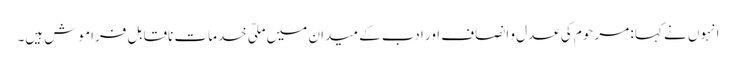
انہوں نے کہا : مرحوم کی عدل و انصاف اور ادب کے میدان میں ملّی خدمات ناقابلِ فراموش ہیں۔